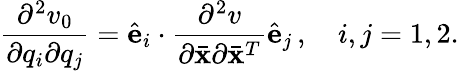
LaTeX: \frac{\partial^{2}v_{0}}{\partial q_{i}\partial q_{j}}=\hat{\mathbf e}_{i}\cdot\frac{\partial^{2}v}{\partial\bar{\mathbf x}\partial\bar{\mathbf x}^{T}}\hat{\mathbf e}_{j}\, ,\quad i,j=1,2.